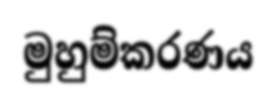
මුහුම්කරණය